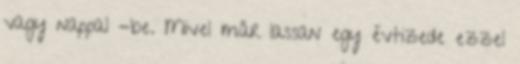
vagy nappal -be. Mivel már lassan egy évtizede ezzel